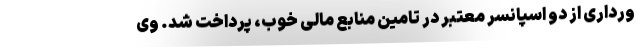
ورداری از دو اسپانسر معتبر در تامین منابع مالی خوب، پرداخت شد. وی